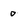
Character: 0